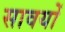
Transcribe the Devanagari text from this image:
सावयों